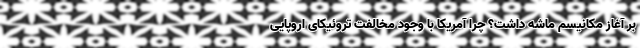
بر آغاز مکانیسم ماشه داشت؟ چرا آمریکا با وجود مخالفت تروئیکای اروپایی